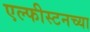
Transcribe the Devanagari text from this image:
एल्फीस्टनच्या